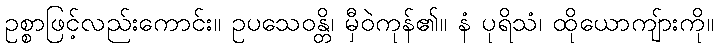
ဥစ္စာဖြင့်လည်းကောင်း။ ဥပသေဝန္တိ၊ မှီဝဲကုန်၏။ နံ ပုရိသံ၊ ထိုယောကျ်ားကို။